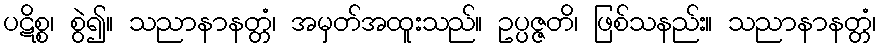
ပဋိစ္စ၊ စွဲ၍။ သညာနာနတ္တံ၊ အမှတ်အထူးသည်။ ဥပ္ပဇ္ဇတိ၊ ဖြစ်သနည်း။ သညာနာနတ္တံ၊